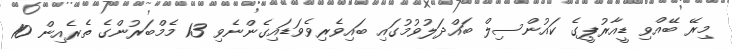
މިރޭ ބޭއްވި ޑީއާރުޕީގެ ކައުންސިލް ބައްދަލުވުމުގައި ބައިވެރިވެވަޑައިގެންނެވި 13 މެމްބަރުންގެ ތެރެއިން 10